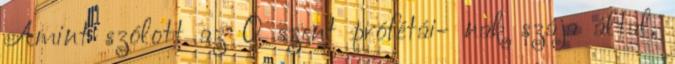
Amint szólott az Ő szent prófétái− nak szája által,